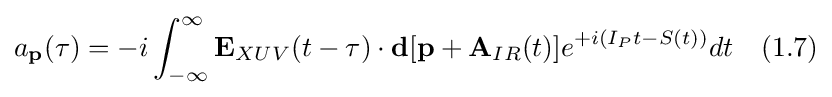
a_{\textbf {p}}(\tau )=-i\int _{-\infty }^{\infty }{\textbf {E}}_{XUV}(t-\tau )\cdot {\textbf {d}}[{\textbf {p}}+{\textbf {A}}_{IR}(t)]e^{+i(I_{P}t-S(t))}dt\quad (1.7)